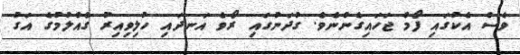
ވެސް އެކުގައި ފޯމް ޖަހައިގެންނެވެ. ގުދަނުގައި ރޯވެ އަނދައި ހުލިވިއިރު ގެއްލުމުގެ އަގު